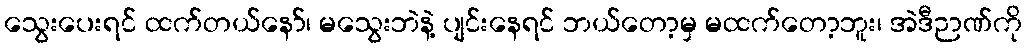
သွေးပေးရင် ထက်တယ်နော်၊ မသွေးဘဲနဲ့ ပျင်းနေရင် ဘယ်တော့မှ မထက်တော့ဘူး၊ အဲဒီဉာဏ်ကို